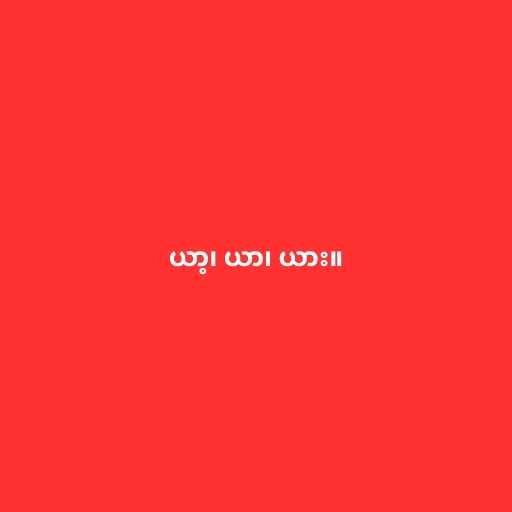
ယာ့၊ ယာ၊ ယား။